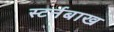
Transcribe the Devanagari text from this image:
स्टर्नबाख